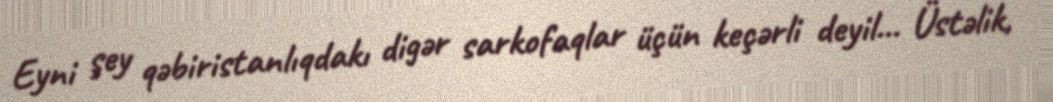
Eyni şey qəbiristanlıqdakı digər sarkofaqlar üçün keçərli deyil... Üstəlik,